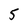
Character: 5